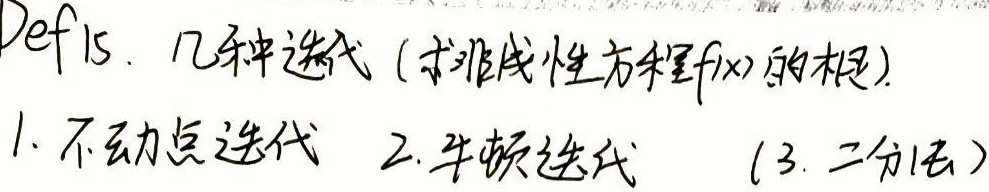
Def 15. 几种迭代（求非线性方程\(f(x)\)的根）.
1. 不动点迭代
2. 牛顿迭代
(3. 二分法）